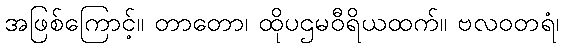
အဖြစ်ကြောင့်။ တာတော၊ ထိုပဌမဝီရိယထက်။ ဗလဝတရံ၊